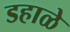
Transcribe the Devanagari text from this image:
डहाळे